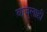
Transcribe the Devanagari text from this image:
बाजुलाही